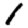
Digit: 1